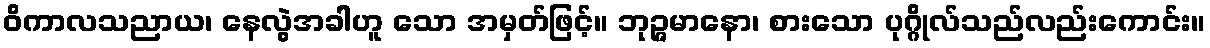
ဝိကာလသညာယ၊ နေလွဲအခါဟူ သော အမှတ်ဖြင့်။ ဘုဉ္ဇမာနော၊ စားသော ပုဂ္ဂိုလ်သည်လည်းကောင်း။